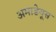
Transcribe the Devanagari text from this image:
अमाडेयूस